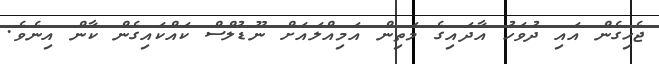
ޖެހިގެން އައި ދުވަހު އާދައިގެ މަތިން އަމިއްލައަށް ނޫޑުލްސް ކައްކައިގެން ކާން އިނެވެ.